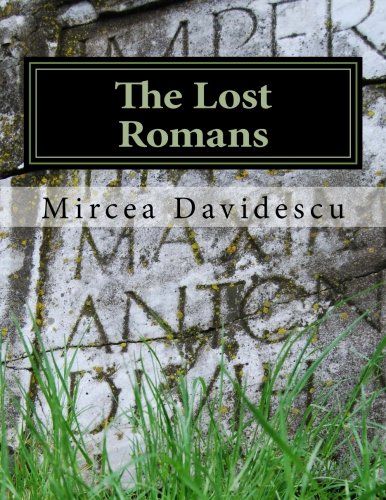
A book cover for The Lost Romans: History and Controversy on the Origin of the Romanians; Mircea Rasvan Davidescu; History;